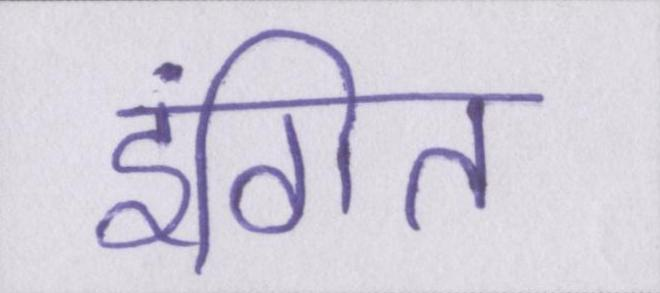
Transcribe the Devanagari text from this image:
इंगित